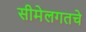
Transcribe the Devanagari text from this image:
सीमेलगतचे